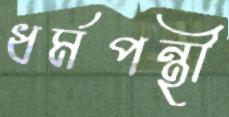
ধর্মপন্থী